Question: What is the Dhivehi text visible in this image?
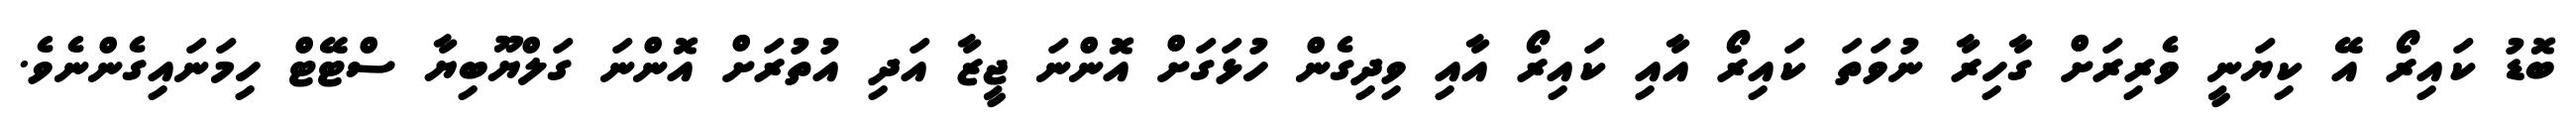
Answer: ބޮޑު ކައިރޯ އޭ ކިޔަނީ ވެރިރަށް ގާހިރާ ނުވަތަ ކައިރޯ އާއި ކައިރޯ އާއި ވިދިގެން ހުޅަގަށް އޮންނަ ޖީޒާ އަދި އުތުރަށް އޮންނަ ގަލްޔޫބިޔާ ސްޓޭޓް ހިމަނައިގެންނެވެ.